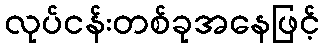
လုပ်ငန်းတစ်ခုအနေဖြင့်